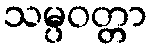
သမ္ပဝတ္တာ